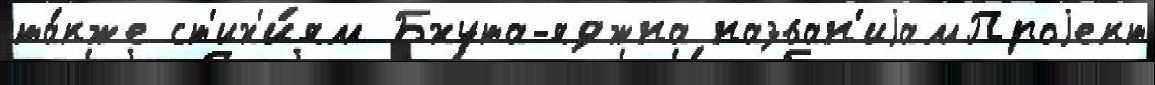
та́кже ст'их'и́ям Бхута-яджна назван'иjамПроjект